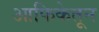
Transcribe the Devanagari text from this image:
आफिकेतून